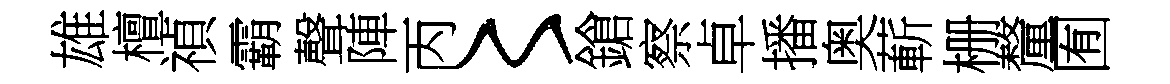
雄檀禎霸聲陣丙〻鎗察卓播奥蔪栅釐囿